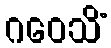
ဂဝေသိံ